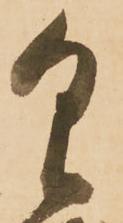
具